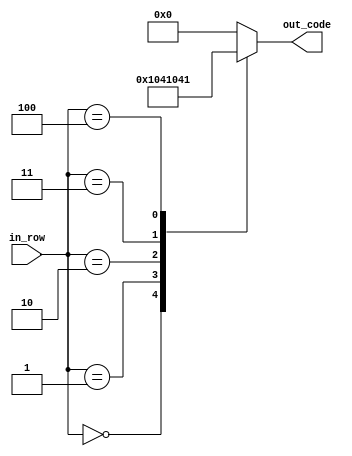
`timescale 1ns / 1ps
//////////////////////////////////////////////////////////////////////////////////
// Company: 
// Engineer: 
// 
// Design Name: 
// Module Name:    bdiv 
// Project Name: 
// Target Devices: 
// Tool versions: 
// Description: 
//
// Dependencies: 
//
// Revision: 
// Revision 0.01 - File Created
// Additional Comments: 
//
//////////////////////////////////////////////////////////////////////////////////
module bdiv(
	 input [2:0] in_row,
    output reg [4:0] out_code
    );

parameter [4:0] d_0 = 5'b10000; // X
parameter [4:0] d_1 = 5'b01000; //  X
parameter [4:0] d_2 = 5'b00100; //   X
parameter [4:0] d_3 = 5'b00010; //    X
parameter [4:0] d_4 = 5'b00001; //     X


always @ *
begin
	case (in_row)
		3'b000:
			out_code = d_0;
		3'b001:
			out_code = d_1;
		3'b010:
			out_code = d_2;
		3'b011:
			out_code = d_3;
		3'b100:
			out_code = d_4;
		default:
			out_code = 5'b0;
	endcase
end

endmodule